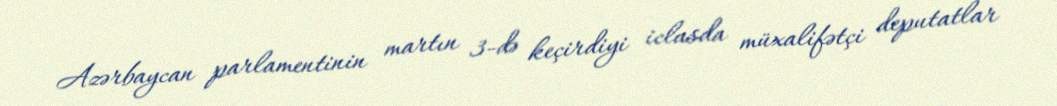
Azərbaycan parlamentinin martın 3-də keçirdiyi iclasda müxalifətçi deputatlar